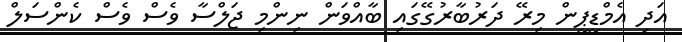
އަދި އެމްޑީޕީން މިރޭ ދަރުބާރުގޭގައި ބާއްވަން ނިންމި ޖަލްސާ ވެސް ވެސް ކެންސަލް